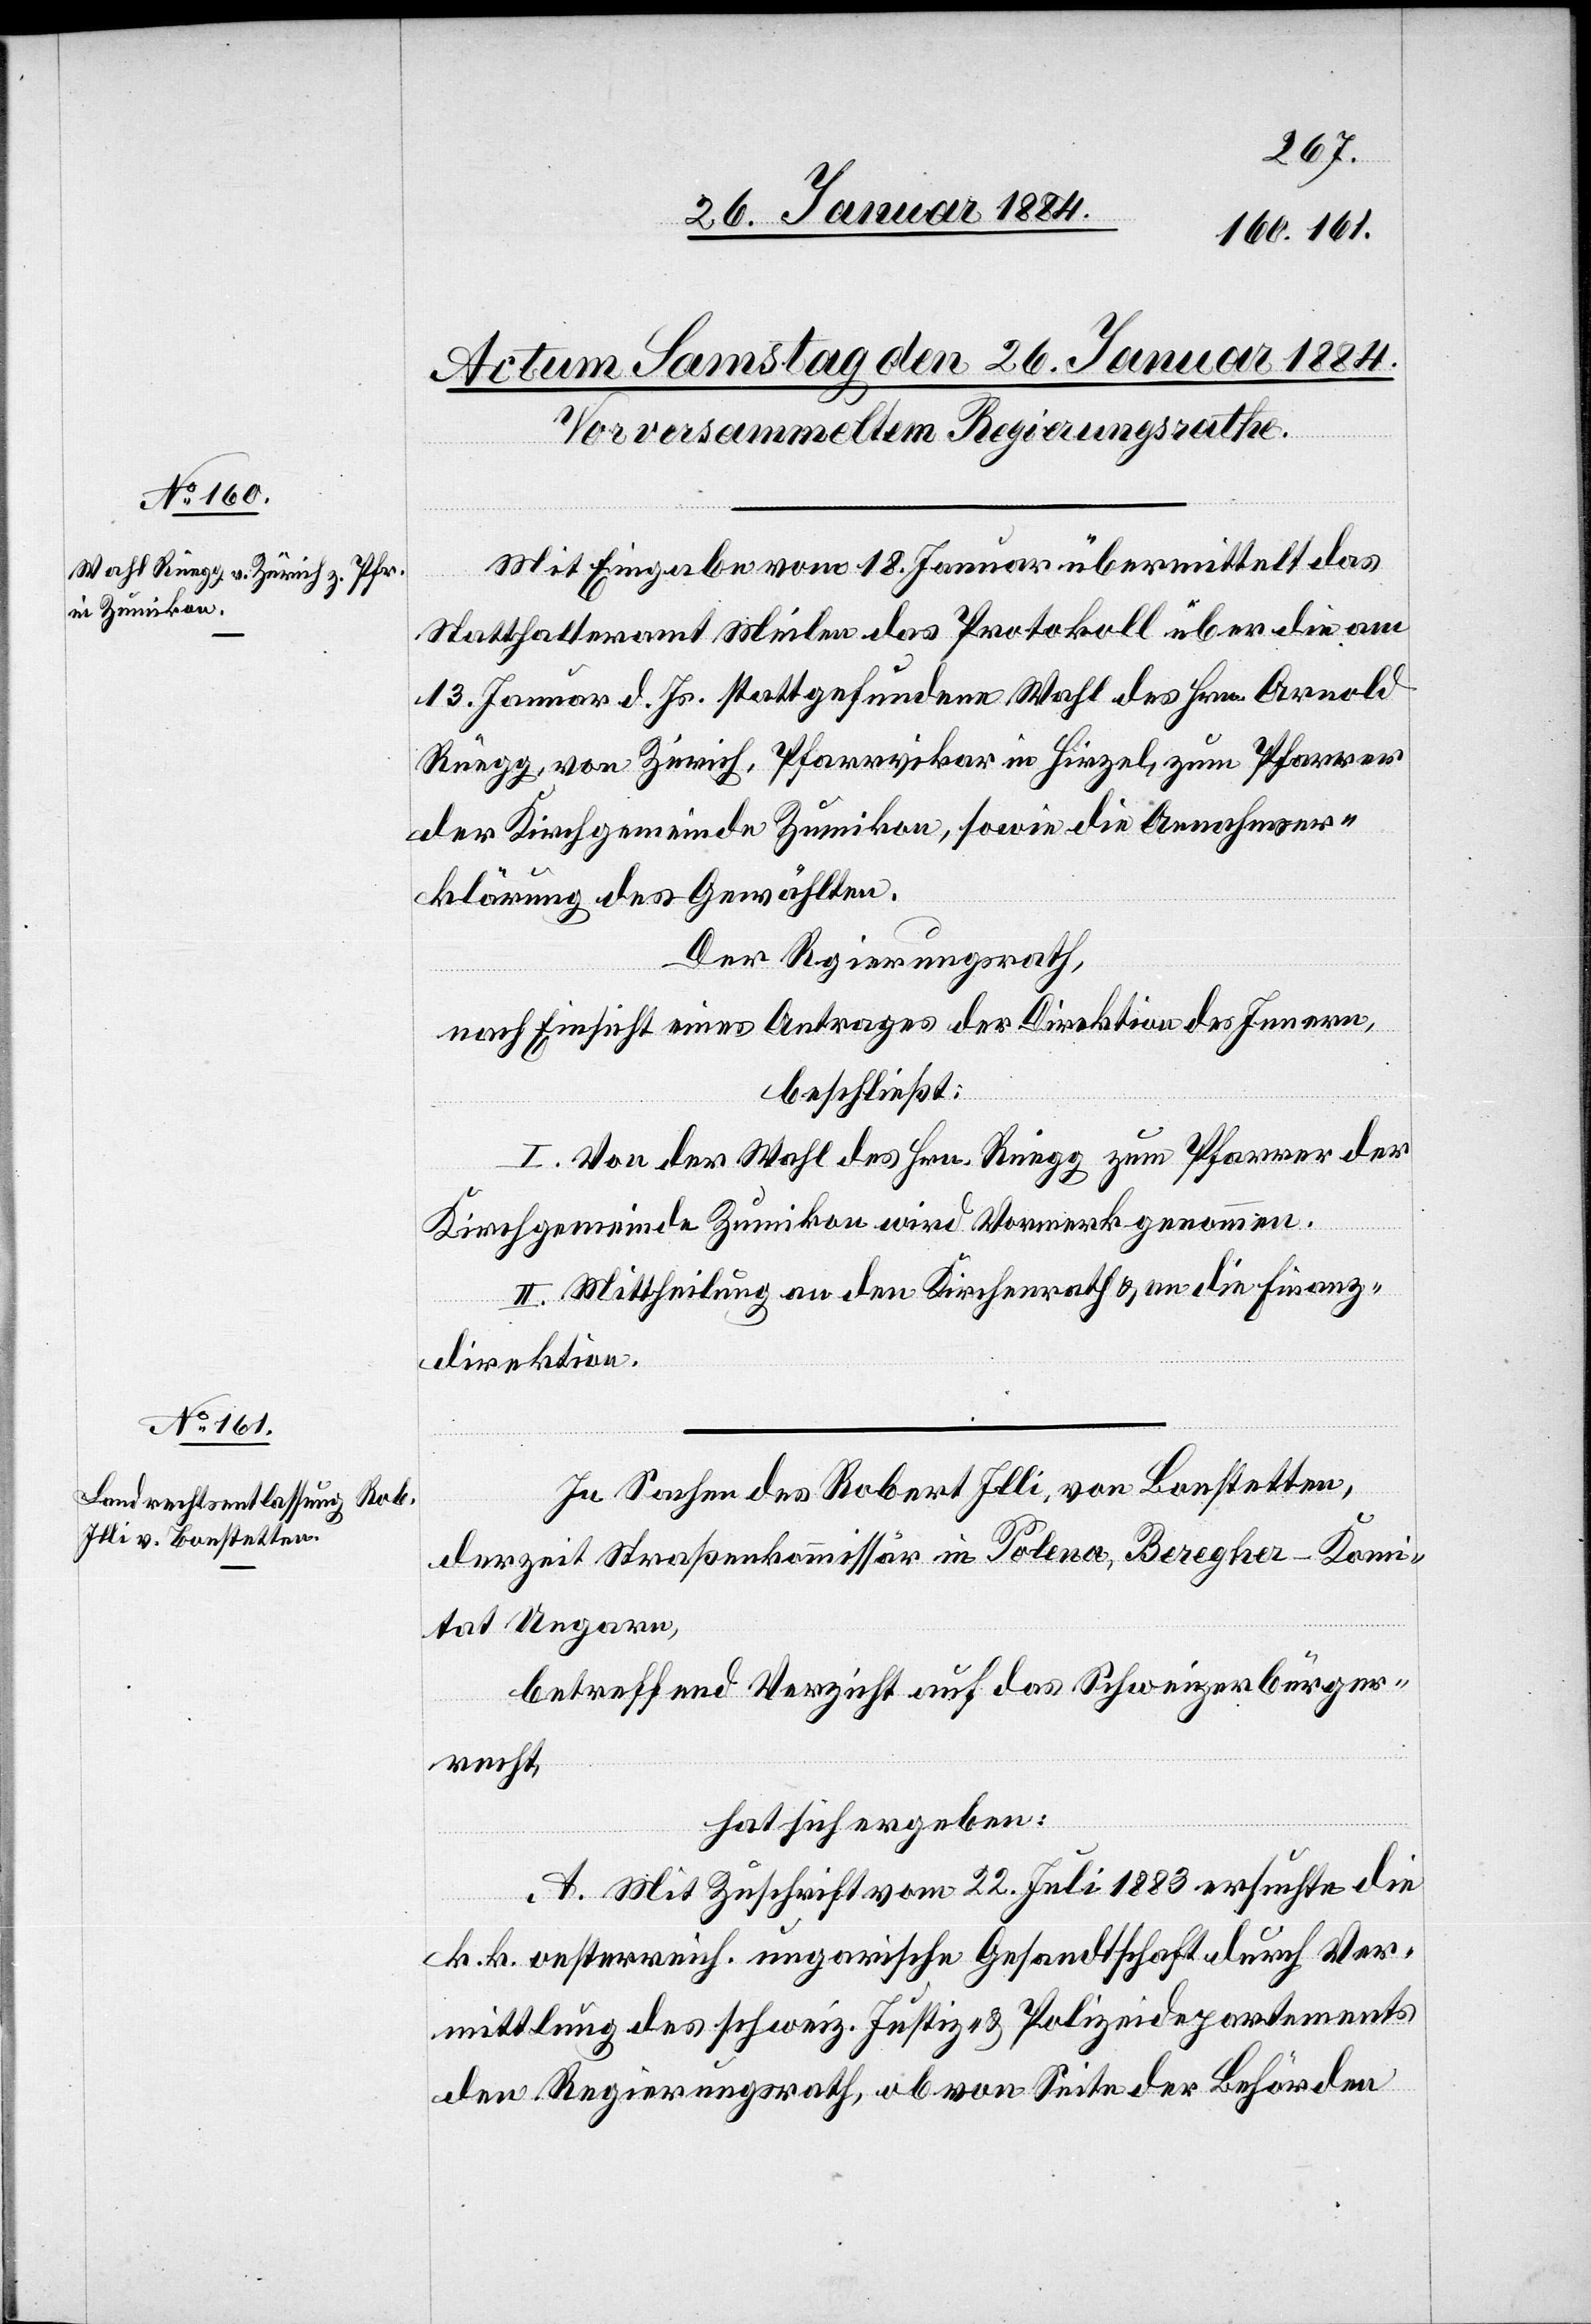
Mit Eingabe vom 18. Januar übermittelt das
Statthalteramt Meilen das Protokoll über die am
13. Januar d. Js. stattgefundenen Wahl des Hrn. Arnold
Rüegg, von Zürich, Pfarrvikar in Hirzel, zum Pfarrer
der Kirchgemeinde Zumikon, sowie die Annahmeer¬
klärung des Gewählten.
Der Regierungsrath,
nach Einsicht eines Antrages der Direktion des Innern,
beschließt:
I. Von der Wahl des Hrn. Rüegg zum Pfarrer der
Kirchgemeinde Zumikon wird Vormerk genommen.
II. Mittheilung an den Kirchenrath & an die Finanz¬
direktion.